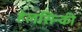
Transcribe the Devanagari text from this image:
हेलसिन्की